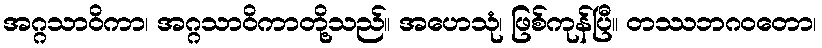
အဂ္ဂသာဝိကာ၊ အဂ္ဂသာဝိကာတို့သည်။ အဟေသုံ၊ ဖြစ်ကုန်ပြီ။ တဿဘဂဝတော၊